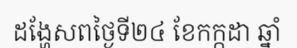
ដង្ហែសពថ្ងៃទី២៤ ខែកក្កដា ឆ្នាំ